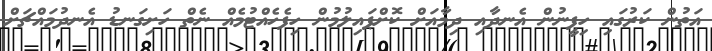
އަތުން ކަރުގައި ހިފީނުން އެނދާއި ދިމާއަށް ކޮށްޕައިލުމުން ހިފެހެއްޓުމެއް ނެތް ހަށިގަނޑު އެނދުމައްޗަށް